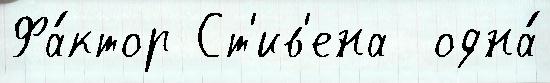
Фа́ктор Ст'ив'ена  одна́